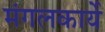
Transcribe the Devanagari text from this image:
मंगलकार्ये